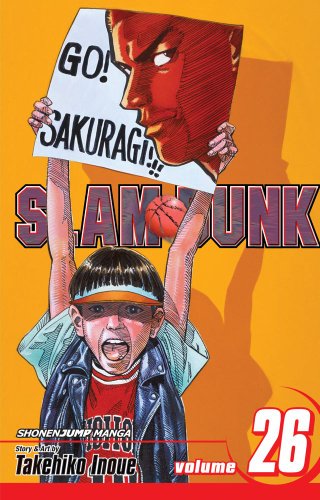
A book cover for Slam Dunk, Vol. 26; Takehiko Inoue; Comics & Graphic Novels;